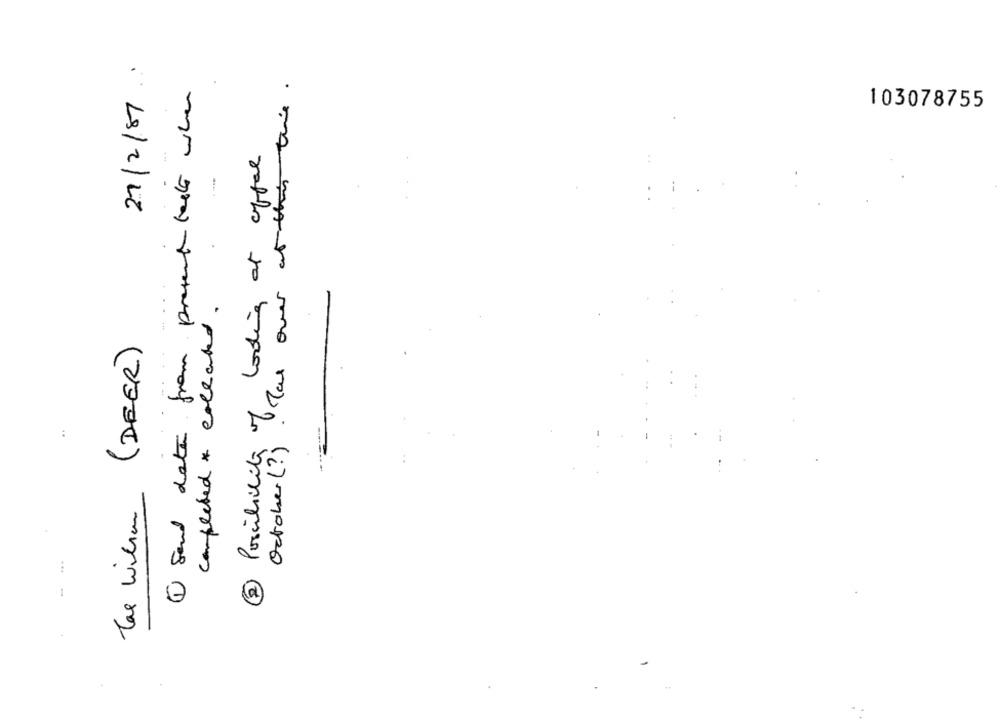
27/2/87:
Tal over at this the.
I Send data from present tests when
103078755
2 Possibility of looking at coffee
completed * collated.
Tar Wilson (DEER)
October (?)